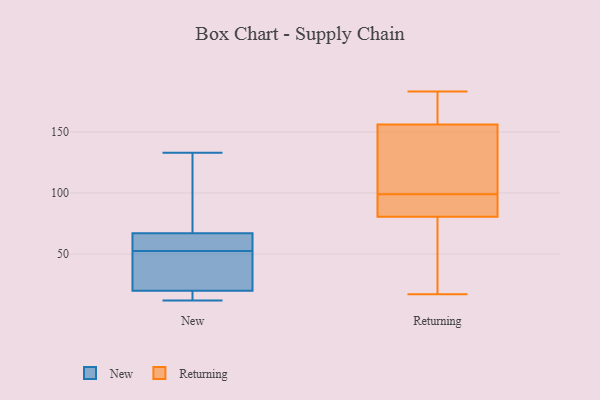
{"axis": {"x": "Backlog", "y": "Value"}, "legend": ["New", "Returning"], "data": [{"x": "", "y": 88, "type": "New"}, {"x": "", "y": 133, "type": "New"}, {"x": "", "y": 16, "type": "New"}, {"x": "", "y": 15, "type": "New"}, {"x": "", "y": 53, "type": "New"}, {"x": "", "y": 55, "type": "New"}, {"x": "", "y": 53, "type": "New"}, {"x": "", "y": 67, "type": "New"}, {"x": "", "y": 31, "type": "New"}, {"x": "", "y": 20, "type": "New"}, {"x": "", "y": 52, "type": "New"}, {"x": "", "y": 32, "type": "New"}, {"x": "", "y": 94, "type": "New"}, {"x": "", "y": 12, "type": "New"}, {"x": "", "y": 44, "type": "Returning"}, {"x": "", "y": 27, "type": "Returning"}, {"x": "", "y": 78, "type": "Returning"}, {"x": "", "y": 92, "type": "Returning"}, {"x": "", "y": 173, "type": "Returning"}, {"x": "", "y": 112, "type": "Returning"}, {"x": "", "y": 146, "type": "Returning"}, {"x": "", "y": 99, "type": "Returning"}, {"x": "", "y": 183, "type": "Returning"}, {"x": "", "y": 83, "type": "Returning"}, {"x": "", "y": 158, "type": "Returning"}, {"x": "", "y": 157, "type": "Returning"}, {"x": "", "y": 99, "type": "Returning"}, {"x": "", "y": 31, "type": "Returning"}, {"x": "", "y": 155, "type": "Returning"}, {"x": "", "y": 126, "type": "Returning"}, {"x": "", "y": 90, "type": "Returning"}, {"x": "", "y": 86, "type": "Returning"}, {"x": "", "y": 171, "type": "Returning"}, {"x": "", "y": 17, "type": "Returning"}]}